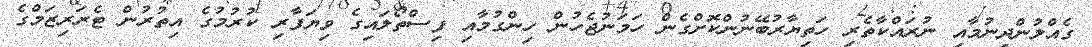
ގެއްލުންދިނުމާއި ނުރައްކާތެރި ހަތިޔާރުބޭނުންކޮށްގެން ހަމަނުޖެހުން ހިންގުމާއި ފިސްތޯލައިގެ ވިޔަފާރި ކުރުމުގެ އިތުރުން ޓެރަރިޒަމްގެ